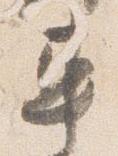
車